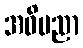
အဓိပညာ